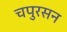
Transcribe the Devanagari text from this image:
चपुरसन